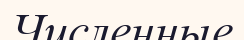
Численные